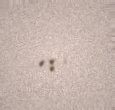
etdi.